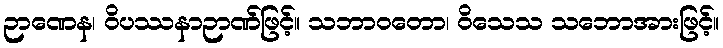
ဉာဏေန၊ ဝိပဿနာဉာဏ်ဖြင့်။ သဘာဝတော၊ ဝိသေသ သဘောအားဖြင့်။